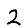
Digit: 2